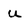
Character: U